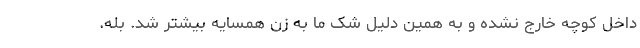
داخل کوچه خارج نشده و به همین دلیل شک ما به زن همسایه بیشتر شد. بله.